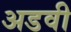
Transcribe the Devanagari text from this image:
अडवी